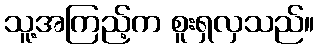
သူ့အကြည့်က စူးရှလှသည်။